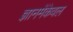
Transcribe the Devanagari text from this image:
ज्ञानमेंकेवल